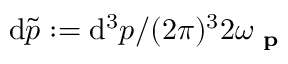
\mathrm { d } { \tilde { p } } : = \mathrm { d } ^ { 3 } p / ( 2 \pi ) ^ { 3 } 2 \omega _ { \textbf { p } }